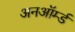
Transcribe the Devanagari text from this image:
अनऑर्म्ड